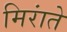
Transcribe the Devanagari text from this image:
मिरांते